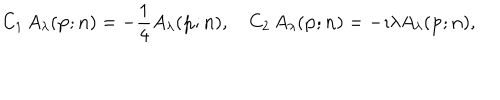
C _ { 1 } \, A _ { \lambda } ( { \bf p } ; { \bf n } ) = - \frac { 1 } { 4 } A _ { \lambda } ( { \bf p } ; { \bf n } ) , \quad { C _ { 2 } } \, A _ { \lambda } ( { \bf p } ; { \bf n } ) = - \imath { \lambda } A _ { \lambda } ( { \bf p } ; { \bf n } ) ,